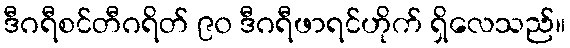
ဒီဂရီစင်တီဂရိတ် ၉၀ ဒီဂရီဖာရင်ဟိုက် ရှိလေသည်။